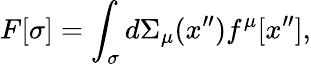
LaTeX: F[\sigma]=\int_{\sigma}{d\Sigma_{\mu}(x^{\prime\prime})f^{\mu}[x^{\prime\prime}]},